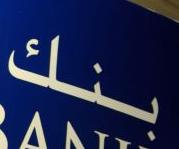
بلك